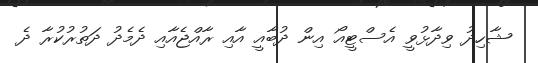
ޝާހިދު ވިދާޅުވީ އެސްޓީއޯ އިން ދުބާއީ އާއި ރާއްޖެއާއި ދެމެދު ދަތުރުކުރާ ދެ